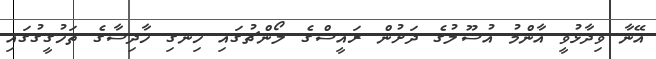
އޭނާ ވިދާޅުވީ އާންމު އުސޫލުގެ ދަށުން ރައީސްގެ ލޯންޗުގައި ހިނގި ހާދިސާގެ ތަހުގީގުގައި